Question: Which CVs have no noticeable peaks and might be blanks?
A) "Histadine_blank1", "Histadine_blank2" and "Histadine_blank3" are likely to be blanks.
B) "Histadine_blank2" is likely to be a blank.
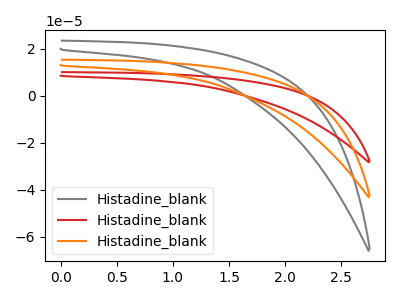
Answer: <think>The gray curve "Histadine_blank1" has no peaks. The red curve "Histadine_blank2" has no peaks. The orange curve "Histadine_blank3" has no peaks.</think>
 <answer>A) "Histadine_blank1", "Histadine_blank2" and "Histadine_blank3" are likely to be blanks.</answer>
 <eval>A</eval>